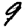
Digit: 9